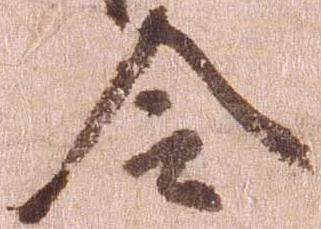
令